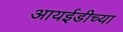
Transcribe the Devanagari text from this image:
आयईडीच्या